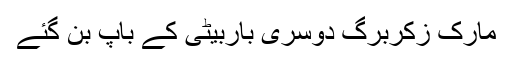
مارک زکربرگ دوسری باربیٹی کے باپ بن گئے